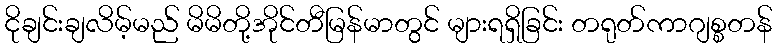
ငိုချင်းချလိမ့်မည် မိမိတို့အိုင်တီမြန်မာတွင် များရရှိခြင်း တရုတ်ကာဂျစ္စတန်